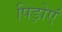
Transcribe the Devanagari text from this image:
पिड़ोएं